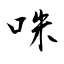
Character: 咮